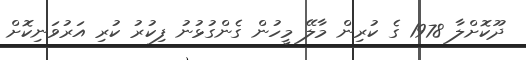
ދޫކޮށްލާ 1978 ގެ ކުރިން މާލޭ މީހުން ގެންގުޅުނު ފިކުރު ކުރި އަރުވަނިކޮށް